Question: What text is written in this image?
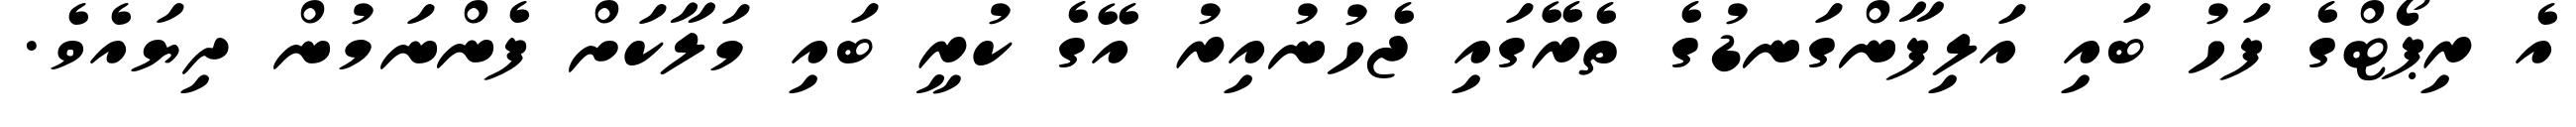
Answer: އެ ރިޕޯޓްގެ ފަހު ބައި އަލިފާންގަނޑުގެ ތެރޭގައި ޖެހުނުއިރު އޭގެ ކުރީ ބައި މަލާކަށް ފެންނަމުން ދިޔައެވެ.